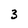
Character: 3